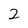
Character: 2